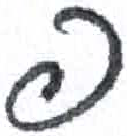
אות: פ